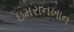
ઇમરાનખાન